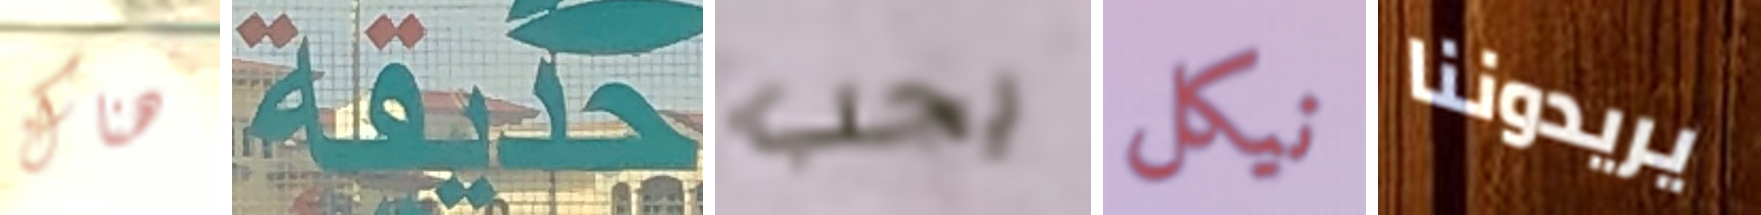
هناك حديقة يجب نيكل يريدوننا